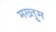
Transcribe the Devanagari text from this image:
मख्तुूम